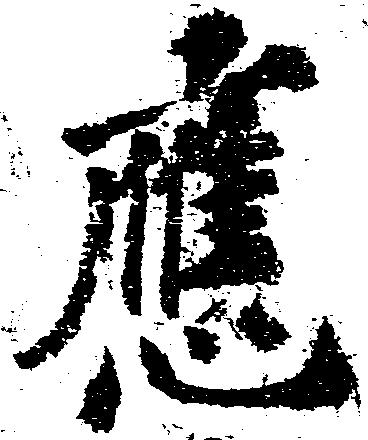
応